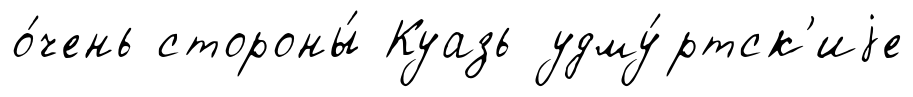
о́чень стороны́ Куазь удму́ртск'иjе